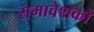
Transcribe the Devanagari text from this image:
समावेशकों